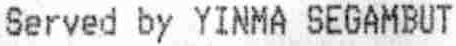
SERVED BY YINMA SEGAMBUT